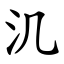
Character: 㲹